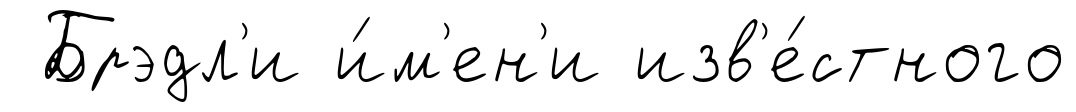
Брэдл'и и́м'ен'и изв'е́стного